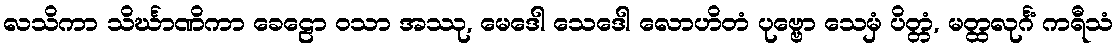
လသိကာ သိင်္ဃာဏိကာ ခေဠော ဝသာ အဿု, မေဒေါ သေဒေါ လောဟိတံ ပုဗ္ဗော သေမှံ ပိတ္တံ, မတ္ထလုင်္ဂံ ကရီသံ